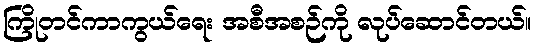
ကြိုတင်ကာကွယ်ရေး အစီအစဉ်ကို လုပ်ဆောင်တယ်။